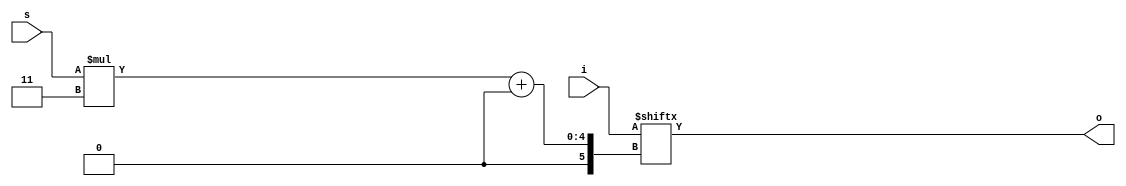
module peepopt_shiftmul_0 #(parameter N=3, parameter W=3) (input [N*W-1:0] i, input [$clog2(N)-1:0] s, output [W-1:0] o);
assign o = i[s*W+:W];
endmodule